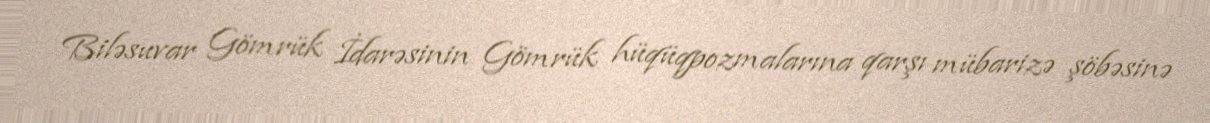
Biləsuvar Gömrük İdarəsinin Gömrük hüqüqpozmalarına qarşı mübarizə şöbəsinə